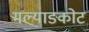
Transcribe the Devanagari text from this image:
मल्याङकोट